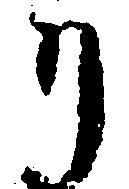
り